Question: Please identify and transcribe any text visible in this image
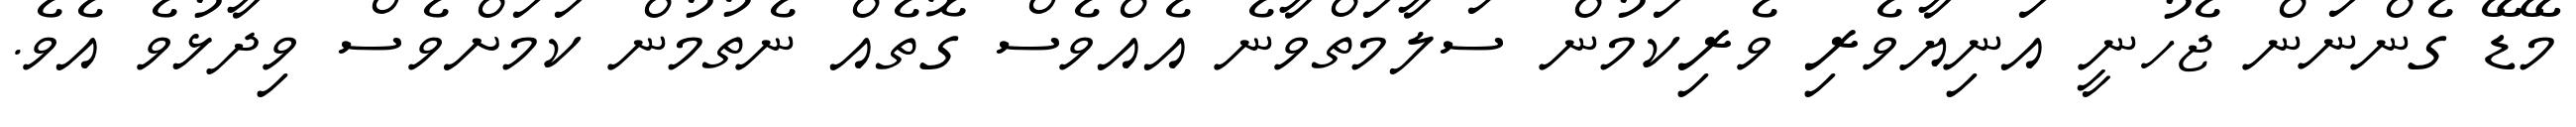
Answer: މޭޑޭ ގެންނަން ޖެހުނީ އަނިޔާވެރި ވެރިކަމުން ސަލާމަތްވާނެ އެއްވެސް ގޮތެއް ނެތުމުން ކަމަށްވެސް ވިދާޅުވެ އެވެ.